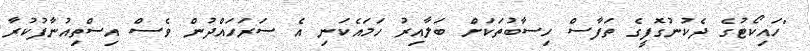
"ހައިކޯޓުގެ ދެކުނުގޮފީގެ ތަފާސް ހިސާބުތަކަށް ބަލާއިރު ހަމައެކަނި އެ ސަރަހައްދުން ވެސް އިސްތިއުނާފުކުރާ